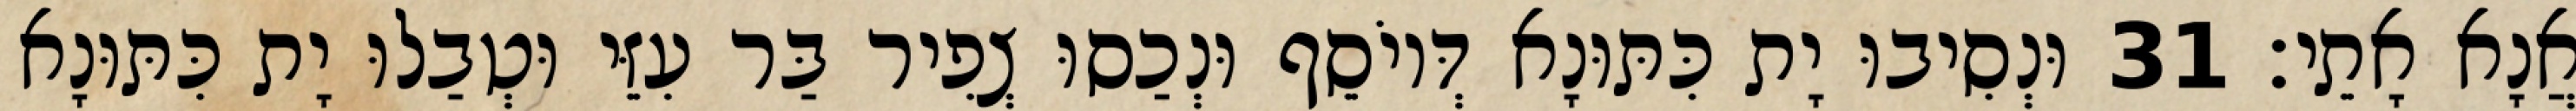
אֲנָא אָתֵי׃ 31 וּנְסִיבוּ יָת כִּתּוּנָא דְּיוֹסֵף וּנְכַסוּ צְפִיר בַּר עִזֵּי וּטְבַלוּ יָת כִּתּוּנָא